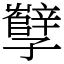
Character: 孼